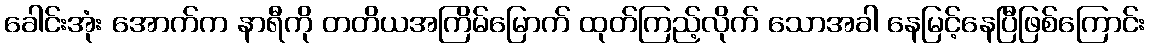
ခေါင်းအုံး အောက်က နာရီကို တတိယအကြိမ်မြောက် ထုတ်ကြည့်လိုက် သောအခါ နေမြင့်နေပြီဖြစ်ကြောင်း